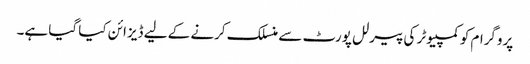
پروگرام کو کمپیوٹر کی پیرلل پورٹ سے منسلک کرنے کے لیے ڈیزائن کیا گیا ہے۔